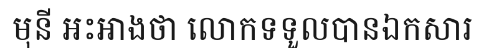
មុនី អះអាងថា លោកទទួលបានឯកសារ